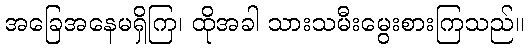
အခြေအနေမရှိကြ၊ ထိုအခါ သားသမီးမွေးစားကြသည်။